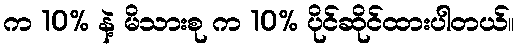
က 10% နဲ့ မိသားစု က 10% ပိုင်ဆိုင်ထားပါတယ်။